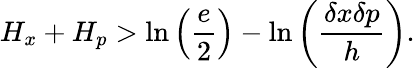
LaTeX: H_{x}+H_{p}>\ln\left({\frac{e}{2}}\right)-\ln\left({\frac{\delta x\delta p}{h}}\right).